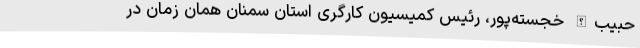
حبیب‌الله خجسته‌پور، رئیس کمیسیون کارگری استان سمنان همان زمان در